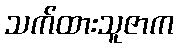
သက်ထားသူဇာက